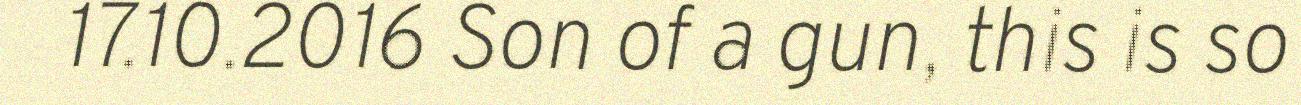
17.10.2016 Son of a gun, this is so